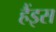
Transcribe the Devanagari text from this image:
हैंइस